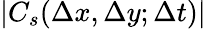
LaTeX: |C_{s}(\Delta x,\Delta y;\Delta t)|